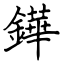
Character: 鏵